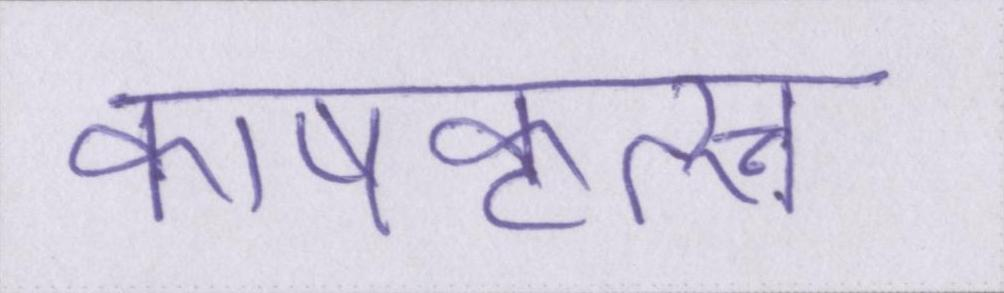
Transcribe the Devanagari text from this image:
काषकृत्स्न